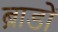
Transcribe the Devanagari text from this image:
ब्राडों